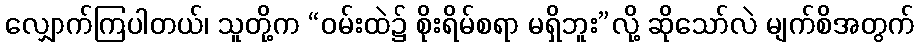
လျှောက်ကြပါတယ်၊ သူတို့က “ဝမ်းထဲ၌ စိုးရိမ်စရာ မရှိဘူး”လို့ ဆိုသော်လဲ မျက်စိအတွက်